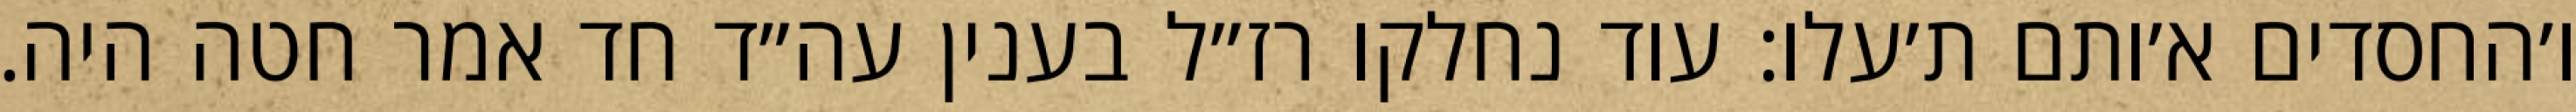
ו׳החסדים א׳ותם ת׳עלו: עוד נחלקו רז״ל בענין עה״ד חד אמר חטה היה.